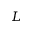
L